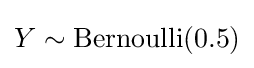
Y\sim {\textrm {Bernoulli}}(0.5)